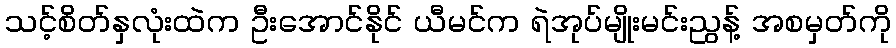
သင့်စိတ်နှလုံးထဲက ဦးအောင်နိုင် ယီမင်က ရဲအုပ်မျိုးမင်းညွန့် အစမှတ်ကို